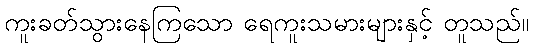
ကူးခတ်သွားနေကြသော ရေကူးသမားများနှင့် တူသည်။